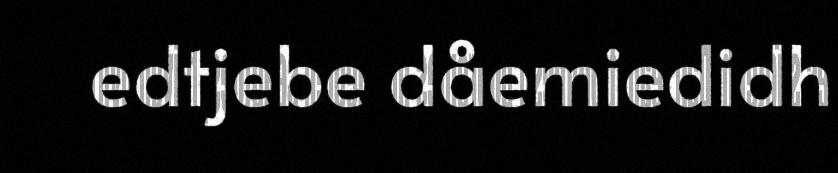
edtjebe dåemiedidh